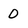
Character: 0